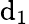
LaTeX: \mathrm{d}_{1}